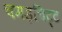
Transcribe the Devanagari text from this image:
चमड़चिट्ट